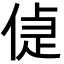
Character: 偼